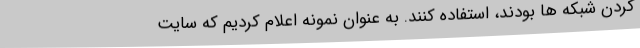
کردن شبکه ها بودند، استفاده کنند. به عنوان نمونه اعلام کردیم که سایت